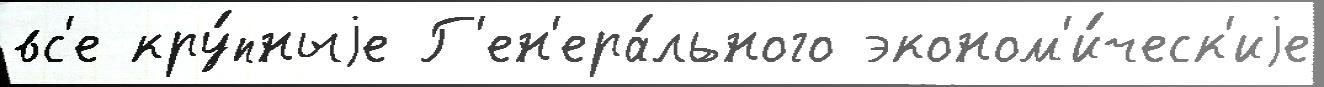
вс'е кру́пныjе Г'ен'ера́льного эконом'и́ческ'иjе